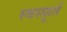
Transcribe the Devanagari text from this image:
स्वस्फ़ूर्त